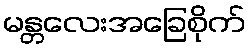
မန္တလေးအခြေစိုက်